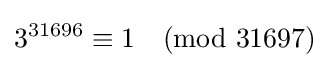
3^{31696}\equiv 1{\pmod {31697}}